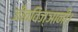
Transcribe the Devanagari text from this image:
जीवविज्ञानी।